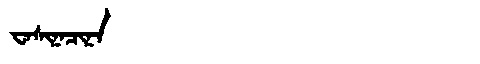
Manchu: ᠸᠠᠰᡳᠨᠠᠴᡳᠨᠠ
Romanization: WASINACINA